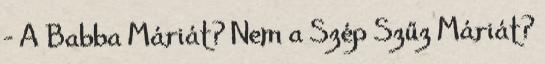
- A Babba Máriát? Nem a Szép Szűz Máriát?